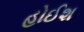
હોઈશ